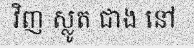
វិញ ស្លូត ជាង នៅ